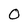
Character: 0